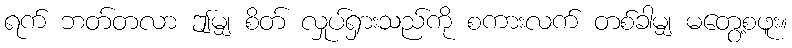
ရက် ဘတ်တလာ ဤမျှ စိတ် လှုပ်ရှားသည်ကို စကားလက် တစ်ခါမျှ မတွေ့စဖူး။